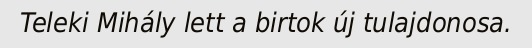
Teleki Mihály lett a birtok új tulajdonosa.